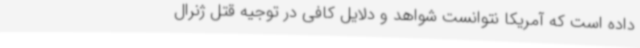
داده است که آمریکا نتوانست شواهد و دلایل کافی در توجیه قتل ژنرال